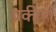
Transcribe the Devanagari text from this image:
प्रकीर्णं